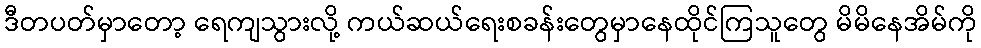
ဒီတပတ်မှာတော့ ရေကျသွားလို့ ကယ်ဆယ်ရေးစခန်းတွေမှာနေထိုင်ကြသူတွေ မိမိနေအိမ်ကို